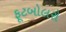
ફૂટબોલરો